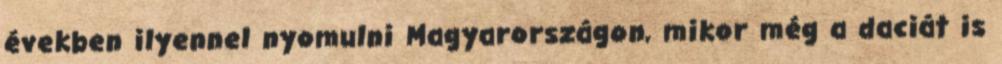
években ilyennel nyomulni Magyarországon, mikor még a daciát is